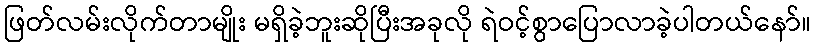
ဖြတ်လမ်းလိုက်တာမျိုး မရှိခဲ့ဘူးဆိုပြီးအခုလို ရဲဝင့်စွာပြောလာခဲ့ပါတယ်နော်။